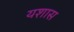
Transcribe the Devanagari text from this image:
यशास